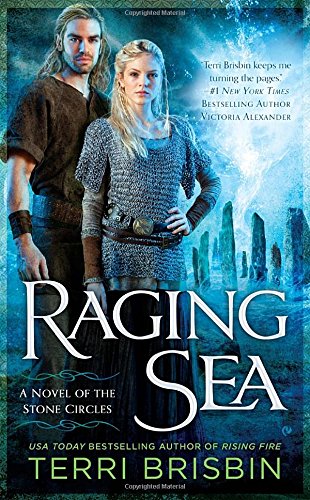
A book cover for Raging Sea: A Novel of the Stone Circles; Terri Brisbin; Romance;